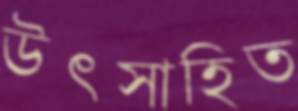
উৎসাহিত